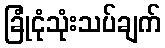
ခြုံငုံသုံးသပ်ချက်